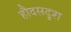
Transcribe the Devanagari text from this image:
हौदसदृश